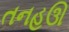
તનહઊ